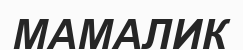
МАМАЛИК